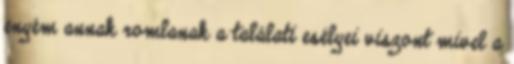
enyém annak romlanak a találati esélyei viszont mivel a